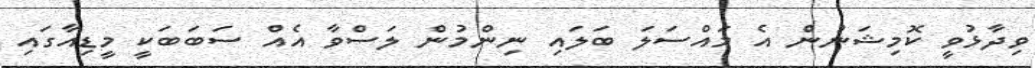
ވިދާޅުވީ ކޮމިޝަނުން އެ މައްސަލަ ބަލައި ނިންމުން ލަސްވާ އެއް ސަބަބަކީ މީޑިއާގައި